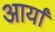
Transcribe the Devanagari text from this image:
आर्यां